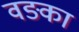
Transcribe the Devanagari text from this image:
वङ्का